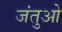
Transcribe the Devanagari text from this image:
जंतुओ